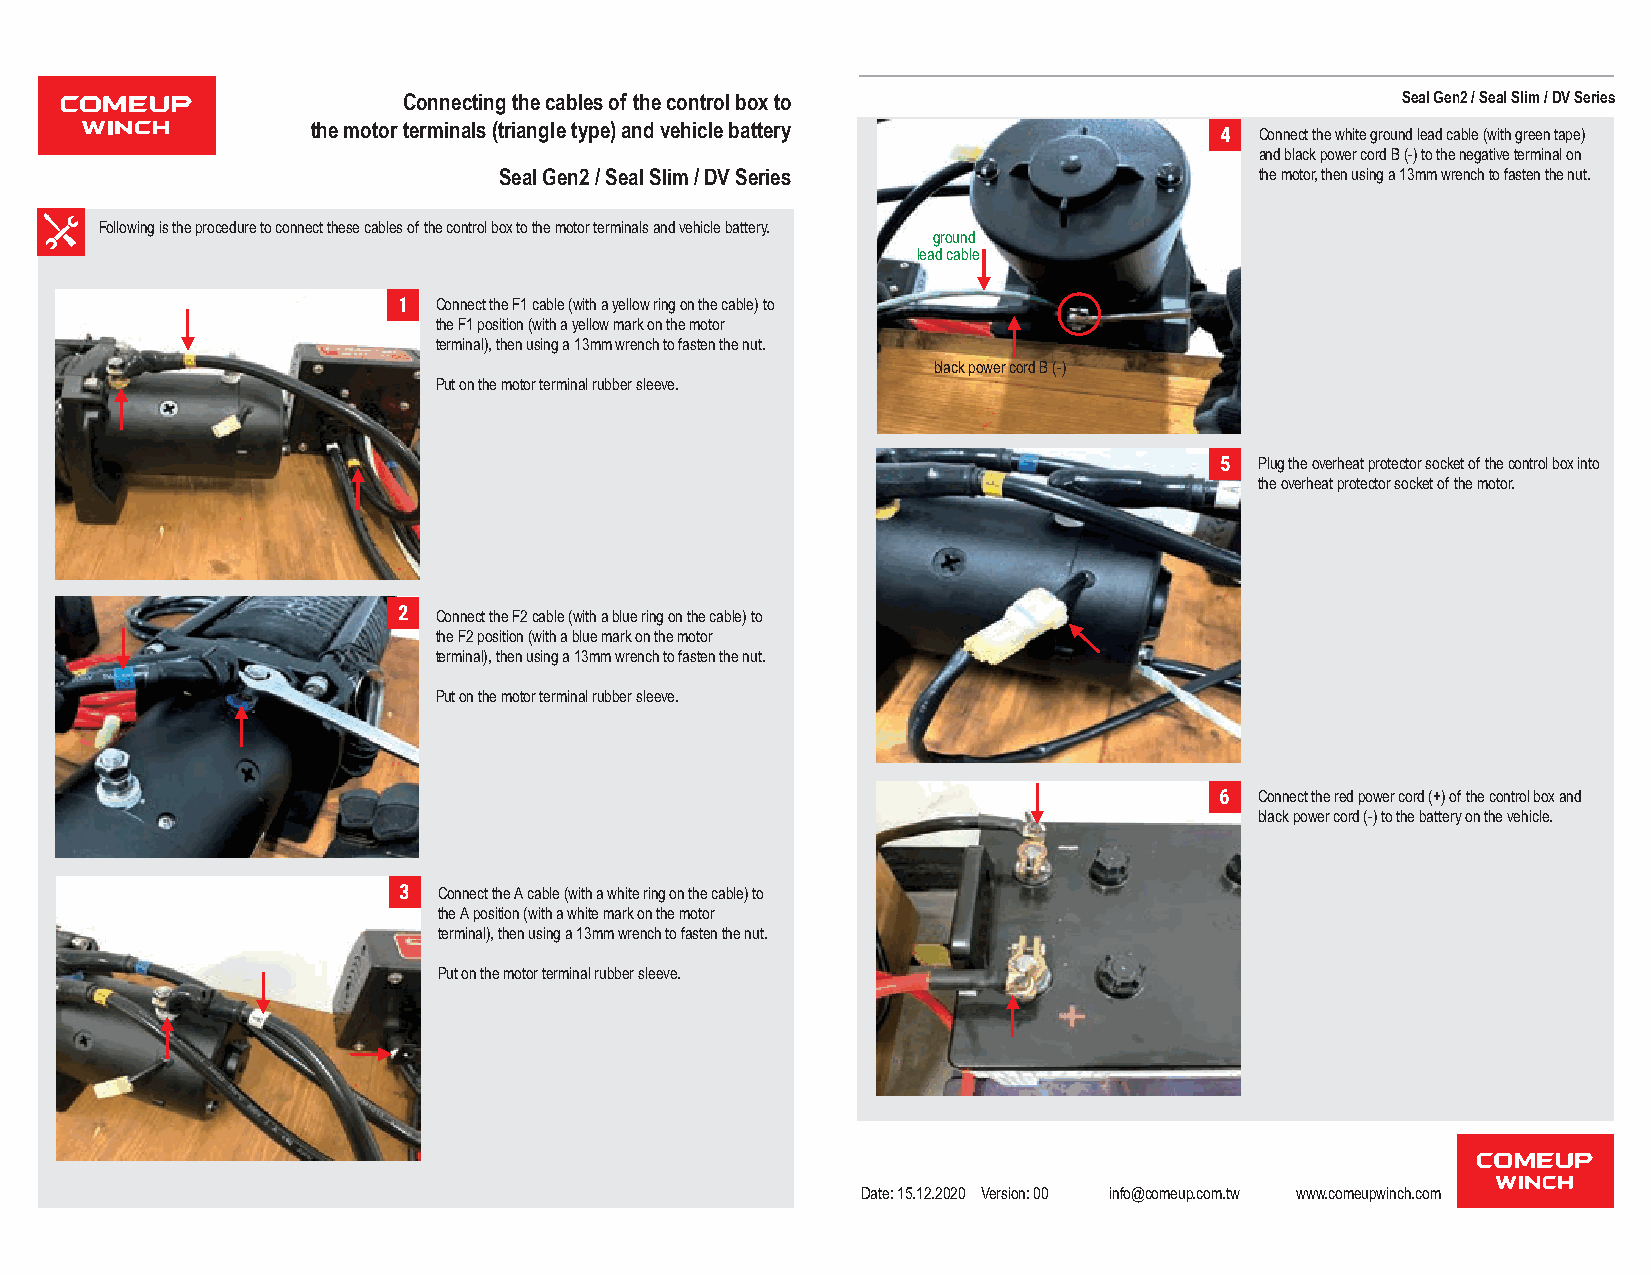
Connecting the cables of the control box to                       Seal Gen2 / Seal Slim / DV Series
 the motor terminals (triangle type) and vehicle battery
 4 Connect the white ground lead cable (with green tape)
 and black power cord B (-) to the negative terminal on
 Seal Gen2 / Seal Slim / DV Series                 the motor, then using a 13mm wrench to fasten the nut.
 Following is the procedure to connect these cables of the control box to the motor terminals and vehicle battery.
 ground
 lead cable
 1  Connect the F1 cable (with a yellow ring on the cable) to
 the F1 position (with a yellow mark on the motor
 terminal), then using a 13mm wrench to fasten the nut.
 black power cord B (-)
 Put on the motor terminal rubber sleeve.
 5 Plug the overheat protector socket of the control box into
 the overheat protector socket of the motor.
 2  Connect the F2 cable (with a blue ring on the cable) to
 the F2 position (with a blue mark on the motor
 terminal), then using a 13mm wrench to fasten the nut.
 Put on the motor terminal rubber sleeve.
 6 Connect the red power cord (+) of the control box and
 black power cord (-) to the battery on the vehicle.
 3  Connect the A cable (with a white ring on the cable) to
 the A position (with a white mark on the motor
 terminal), then using a 13mm wrench to fasten the nut.
 Put on the motor terminal rubber sleeve.
 Date: 15.12.2020 Version: 00 info@comeup.com.tw www.comeupwinch.com